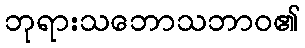
ဘုရားသဘောသဘာဝ၏